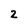
Character: 2